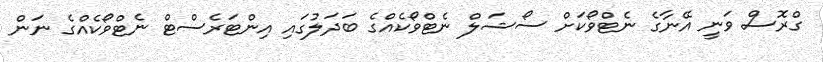
ގްރޮސް ވަނީ އޭނާގެ ނެޓްވޯކަށް ސޯޝަލް ނެޓްވޯކެއްގެ ބަދަލުގައި އިންޓަރެސްޓް ނެޓްވޯކެއްގެ ނަން